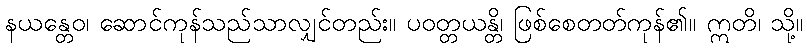
နယန္တေဝ၊ ဆောင်ကုန်သည်သာလျှင်တည်း။ ပဝတ္တယန္တိ၊ ဖြစ်စေတတ်ကုန်၏။ ဣတိ၊ သို့။